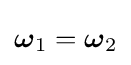
{\boldsymbol {\omega }}_{1}={\boldsymbol {\omega }}_{2}